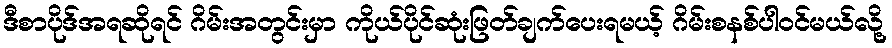
ဒီစာပိုဒ်အရဆိုရင် ဂိမ်းအတွင်းမှာ ကိုယ်ပိုင်ဆုံးဖြတ်ချက်ပေးရမယ့် ဂိမ်းစနစ်ပါဝင်မယ်လို့